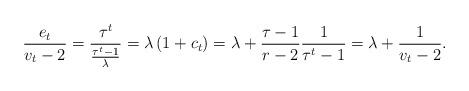
LaTeX: \begin{align*} \frac{e_t}{v_t-2} = \frac{\tau^t}{\frac{\tau^t-1}{\lambda}} = \lambda \left ( 1 + c_t \right ) = \lambda + \frac{\tau-1}{r-2} \frac{1}{\tau^t-1} = \lambda + \frac{1}{v_t-2}.\end{align*}